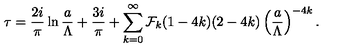
\tau = { \frac { 2 i } { \pi } } \ln { \frac { a } { \Lambda } } + { \frac { 3 i } { \pi } } + \sum _ { k = 0 } ^ { \infty } { \cal F } _ { k } ( 1 - 4 k ) ( 2 - 4 k ) \left( { \frac { a } { \Lambda } } \right) ^ { - 4 k } .